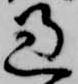
過